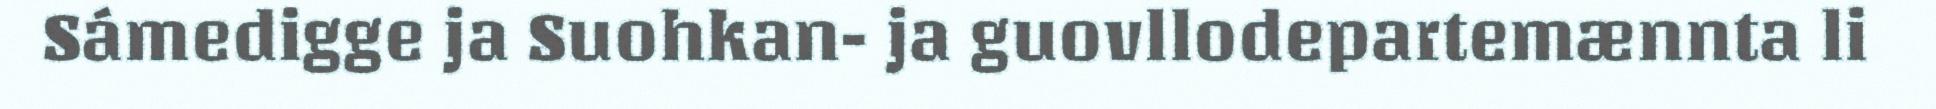
Sámedigge ja Suohkan- ja guovllodepartemænnta li